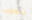
شعوب